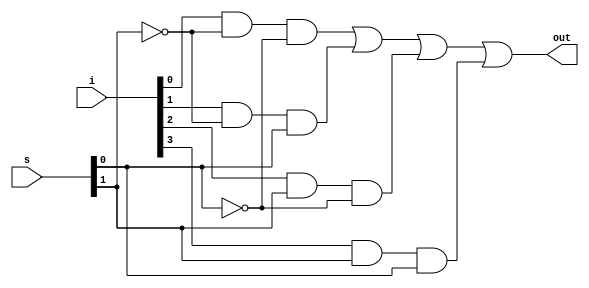
`timescale 1ns/1ps
module DUT_multiplexer(
        input [3:0] i,
        input [1:0] s,
        output out);

wire [1:0] ns;
wire [3:0] y;

not gnot0(ns[0],s[0]);
not gnot1(ns[1],s[1]);
and gand0(y[0],i[0],ns[1],ns[0]);
and gand1(y[1],i[1],ns[1], s[0]);
and gand2(y[2],i[2], s[1],ns[0]);
and gand3(y[3],i[3], s[1], s[0]);
or   gor1(out,y[0],y[1],y[2],y[3]);
endmodule